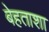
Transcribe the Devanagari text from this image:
बेहताशा